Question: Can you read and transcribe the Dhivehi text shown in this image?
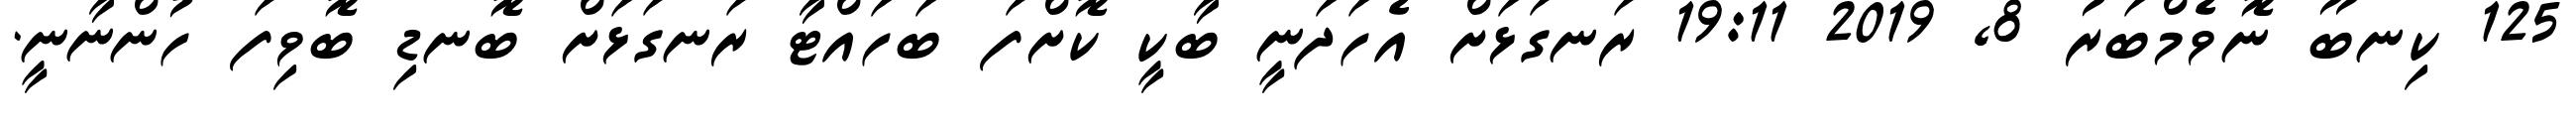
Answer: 125 ކިނބޫ ނޮވެމްބަރު 8, 2019 19:11 ރަނގަޅަށް އެހަދަނީ ބާކީ ކޮށްފަ ބަހައްޓާ ރަނގަޅަށް ބޮނޑި ބޮވިފަ ހުންނާނީ.